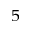
^ { 5 }